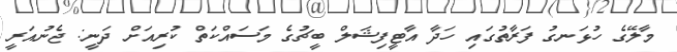
މާލޭގެ ހުޅަނގު ފަރާތުގައި ހަދާ އާޓީފިޝަލް ބީޗުގެ މަސައްކަތް ކުރިއަށް ދަނީ: ޖެނުއަރީ